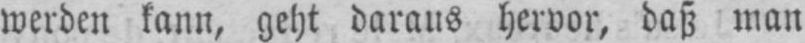
werden kann, geht daraus hervor, daß man